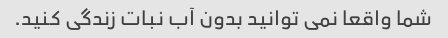
شما واقعا نمی توانید بدون آب نبات زندگی کنید.